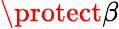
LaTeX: \protect\beta